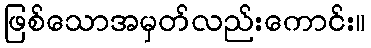
ဖြစ်သောအမှတ်လည်းကောင်း။